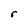
Character: r